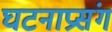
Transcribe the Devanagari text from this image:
घटनाप्रसंग